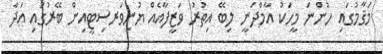
މަޤާމުގައި ހުންނަ މީހަކު އާމްދަނީ ލިބޭ އިތުރު ވަޒީފާއެއް ޔުނިވަރސިޓީއިން ބޭރުގައި އަދާ